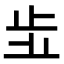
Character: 𣥗